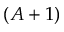
( A + 1 )